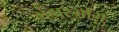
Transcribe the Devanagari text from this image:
भंडारभोग